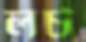
লর্চ